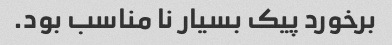
برخورد پیک بسیار نا مناسب بود.